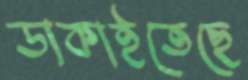
ডাকাইতেছে